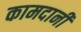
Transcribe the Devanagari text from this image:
कामदानी